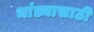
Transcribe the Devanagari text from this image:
भांड्यासाठी